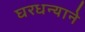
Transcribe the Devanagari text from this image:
घरधन्याने